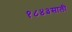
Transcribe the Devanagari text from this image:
१८४३साली